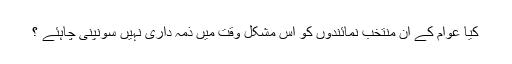
کیا عوام کے ان منتخب نمائندوں کو اس مشکل وقت میں ذمہ داری نہیں سونپنی چاہئے ؟